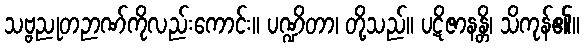
သဗ္ဗညုတဉာဏ်ကိုလည်းကောင်း။ ပဏ္ဍိတာ၊ တို့သည်။ ပဋိဇာနန္တိ၊ သိကုန်၏။